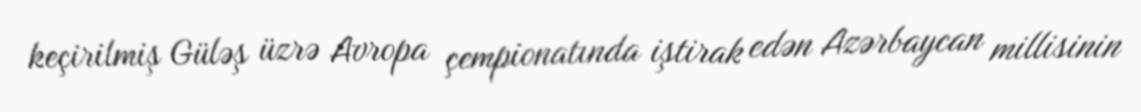
keçirilmiş Güləş üzrə Avropa çempionatında iştirak edən Azərbaycan millisinin